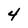
Character: 4